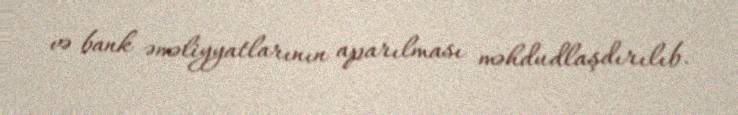
və bank əməliyyatlarının aparılması məhdudlaşdırılıb.